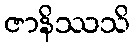
ဇာနိဿသိ